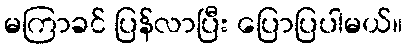
မကြာခင် ပြန်လာပြီး ပြောပြပါမယ်။